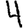
Digit: 4